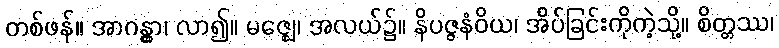
တစ်ဖန်။ အာဂန္တွာ၊ လာ၍။ မဇ္ဈေ၊ အလယ်၌။ နိပဇ္ဇနံဝိယ၊ အိပ်ခြင်းကိုကဲ့သို့။ စိတ္တဿ၊